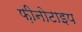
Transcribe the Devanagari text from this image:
फ़ीनोटाइप